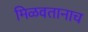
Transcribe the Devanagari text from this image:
मिळवतानाच